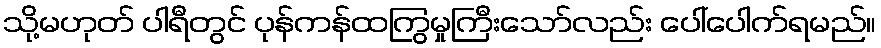
သို့မဟုတ် ပါရီတွင် ပုန်ကန်ထကြွမှုကြီးသော်လည်း ပေါ်ပေါက်ရမည်။